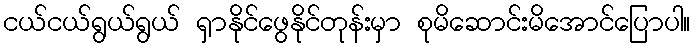
ငယ်ငယ်ရွယ်ရွယ် ရှာနိုင်ဖွေနိုင်တုန်းမှာ စုမိဆောင်းမိအောင်ပြောပါ။